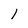
Character: l